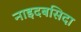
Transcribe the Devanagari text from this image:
नाइदबसिदा